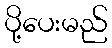
ပို့ပေးမည်